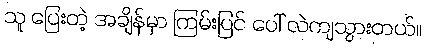
သူ ပြေးတဲ့ အချိန်မှာ ကြမ်းပြင် ပေါ် လဲကျသွားတယ်။